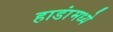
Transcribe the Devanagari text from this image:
हाडांमध्ये